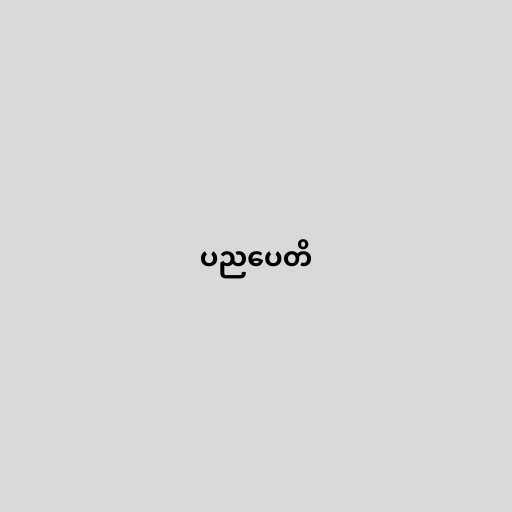
ပညပေတိ